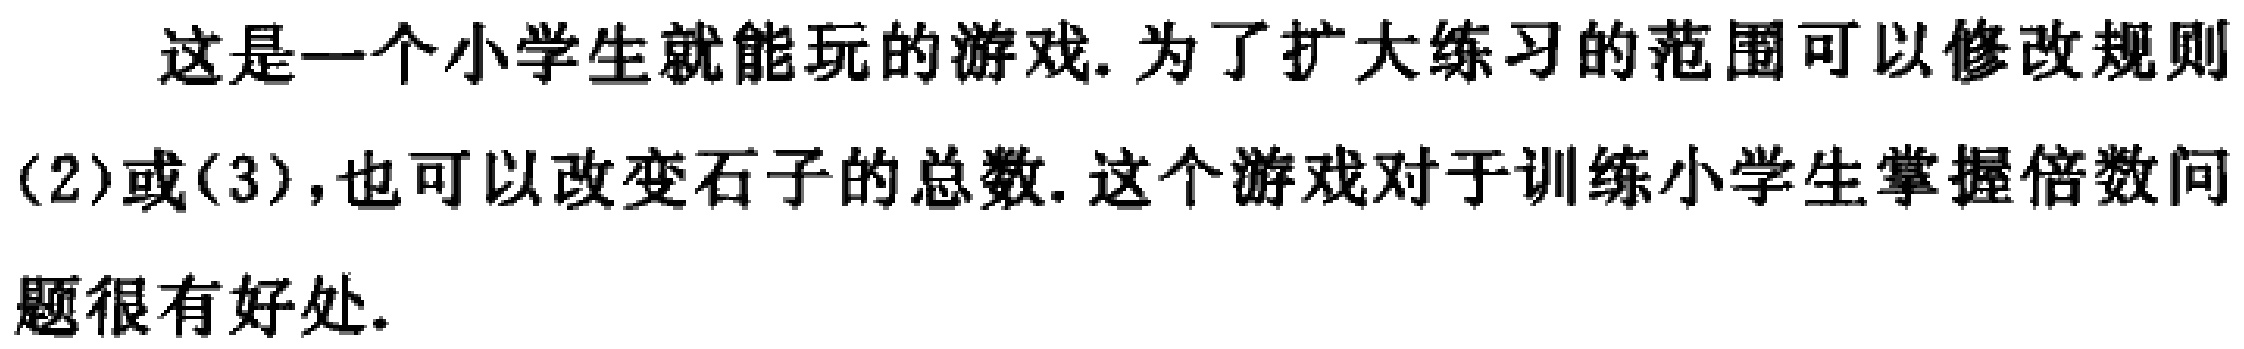
这是一个小学生就能玩的游戏. 为了扩大练习的范围可以修改规则

(2)或(3),也可以改变石子的总数. 这个游戏对于训练小学生掌握倍数问

题很有好处.